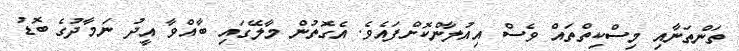
ތަންތަނާއި މިސްކިތްތައް ވެސް އިއުލާންކޮށްފައެވެ. އެގޮތުން މާލޭގައި ބާއްވާ އީދު ނަމާދުގެ ބޮޑު